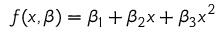
f ( x , { \boldsymbol { \beta } } ) = \beta _ { 1 } + \beta _ { 2 } x + \beta _ { 3 } x ^ { 2 }